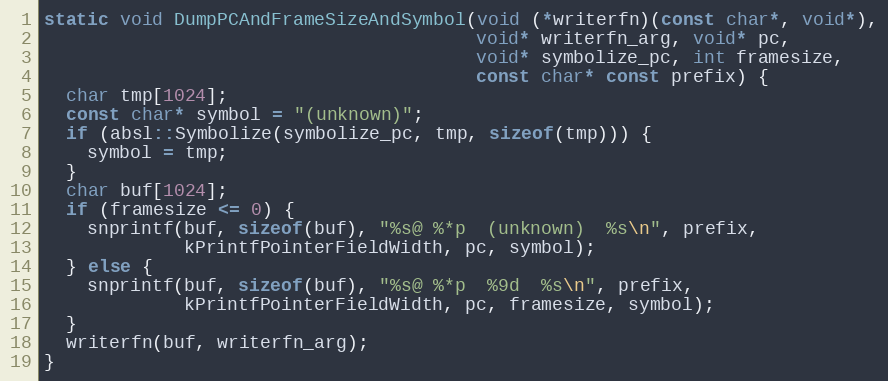
Language: C++
static void DumpPCAndFrameSizeAndSymbol(void (*writerfn)(const char*, void*),
                                        void* writerfn_arg, void* pc,
                                        void* symbolize_pc, int framesize,
                                        const char* const prefix) {
  char tmp[1024];
  const char* symbol = "(unknown)";
  if (absl::Symbolize(symbolize_pc, tmp, sizeof(tmp))) {
    symbol = tmp;
  }
  char buf[1024];
  if (framesize <= 0) {
    snprintf(buf, sizeof(buf), "%s@ %*p  (unknown)  %s\n", prefix,
             kPrintfPointerFieldWidth, pc, symbol);
  } else {
    snprintf(buf, sizeof(buf), "%s@ %*p  %9d  %s\n", prefix,
             kPrintfPointerFieldWidth, pc, framesize, symbol);
  }
  writerfn(buf, writerfn_arg);
}